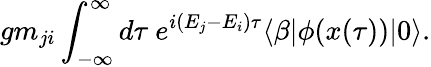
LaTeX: gm_{ji}\int_{-\infty}^{\infty}d\tau\ e^{i(E_{j}-E_{i})\tau}\langle\beta|\phi(x(\tau))|0\rangle.